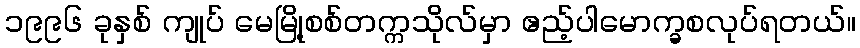
၁၉၉၆ ခုနှစ် ကျုပ် မေမြို့စစ်တက္ကသိုလ်မှာ ဧည့်ပါမောက္ခစလုပ်ရတယ်။